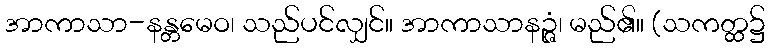
အာကာသာ-နန္တမေဝ၊ သည်ပင်လျှင်။ အာကာသာနဉ္ဇံ၊ မည်၏။ (သကတ္ထ၌